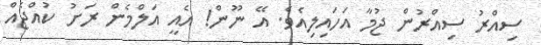
ސިއްރު ސިއްރުން ޖުމާ އަހައިލިއެވެ. އޭ ނޫން! އެއީ އަލްމެން ރަށު ކުއްޖެއް